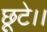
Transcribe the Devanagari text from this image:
छूटे।।